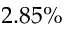
2 . 8 5 \%